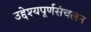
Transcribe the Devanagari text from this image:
उद्देश्यपूर्णसंचलन